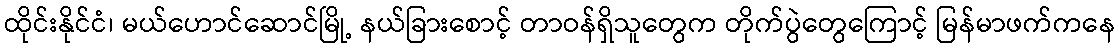
ထိုင်းနိုင်ငံ၊ မယ်ဟောင်ဆောင်မြို့ နယ်ခြားစောင့် တာဝန်ရှိသူတွေက တိုက်ပွဲတွေကြောင့် မြန်မာဖက်ကနေ